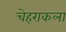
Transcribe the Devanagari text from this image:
चेहराकला